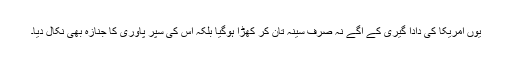
یوں امریکا کی دادا گیری کے آگے نہ صرف سینہ تان کر کھڑا ہوگیا بلکہ اس کی سپر پاوری کا جنازہ بھی نکال دیا۔